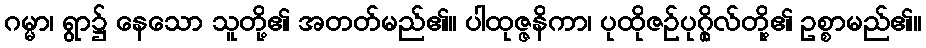
ဂမ္မာ၊ ရွာ၌ နေသော သူတို့၏ အတတ်မည်၏။ ပါထုဇ္ဇနိကာ၊ ပုထိုဇဉ်ပုဂ္ဂိုလ်တို့၏ ဥစ္စာမည်၏။